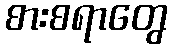
စားစရာတွေ